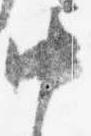
中